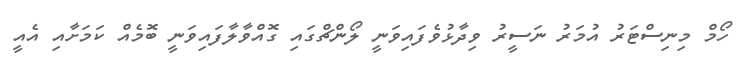
ހޯމް މިނިސްޓަރު އުމަރު ނަސީރު ވިދާޅުވެފައިވަނީ ލޯންޗްގައި ގޮއްވާލާފައިވަނީ ބޮމެއް ކަމަށާއި އެއީ